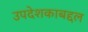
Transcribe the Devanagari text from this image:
उपदेशकाबद्दल